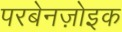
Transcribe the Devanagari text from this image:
परबेनज़ोइक